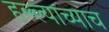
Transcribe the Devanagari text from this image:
हल्ल्याच्याच